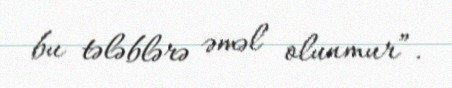
bu tələblərə əməl olunmur”.